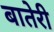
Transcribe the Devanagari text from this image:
बातेरी